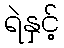
ရဲနှင့်